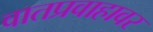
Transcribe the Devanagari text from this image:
वातप्रवाहावर